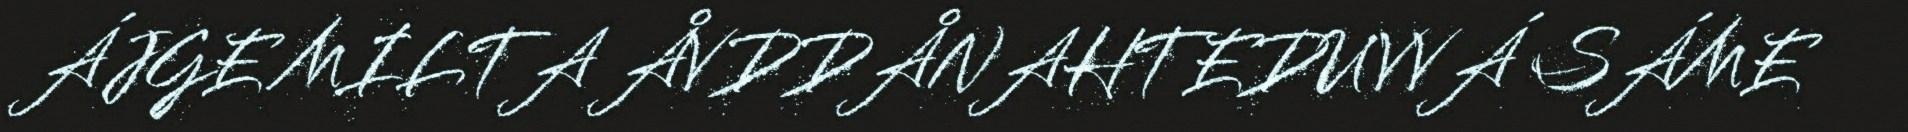
ÁJGE MILTA ÅVDDÅNAHTEDUVVÁ SÁME